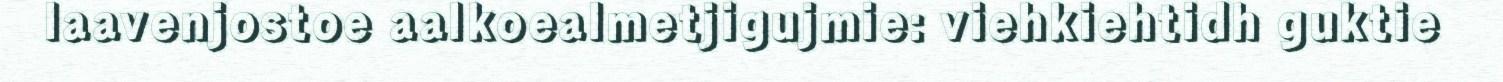
laavenjostoe aalkoealmetjigujmie: viehkiehtidh guktie